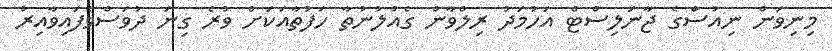
މިނިވަން ނިއުސްގެ ޖާނަލިސްޓް އަހުމަދު ރިލްވާން ގެއްލުނުތާ ހަފުތާއަކަށް ވުރެ ގިނަ ދުވަސްވެފައިވާއިރު